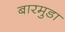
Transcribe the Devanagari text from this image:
बारमुडा